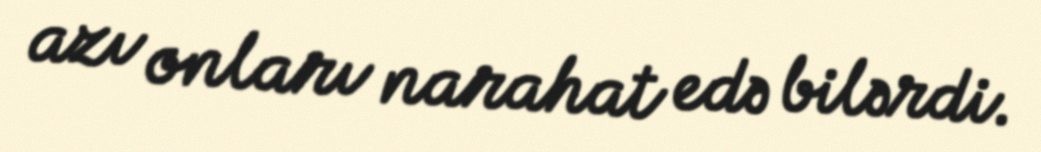
azı onları narahat edə bilərdi.